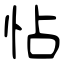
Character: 怗